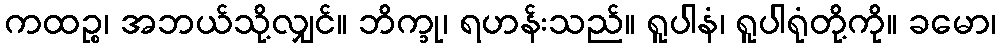
ကထဉ္စ၊ အဘယ်သို့လျှင်။ ဘိက္ခု၊ ရဟန်းသည်။ ရူပါနံ၊ ရူပါရုံတို့ကို။ ခမော၊